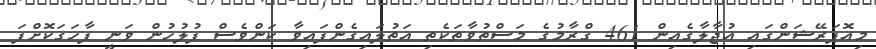
މިއޮޕަރޭޝަންގައި އުޖާލާގެއިން 461 ގްރާމުގެ މަސްތުވާތަކެތި އަތުލައިގެންފައިވާ ކަންވެސް ފުލުހުން ވަނީ ފާހަގަކޮށްފަ